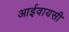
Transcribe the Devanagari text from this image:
आईवायसी